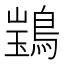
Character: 𫛃